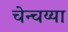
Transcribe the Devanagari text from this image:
चेन्चय्या